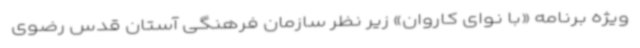
ویژه برنامه «با نوای کاروان» زیر نظر سازمان فرهنگی آستان قدس رضوی